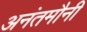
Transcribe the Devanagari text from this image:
अनंतमौनी